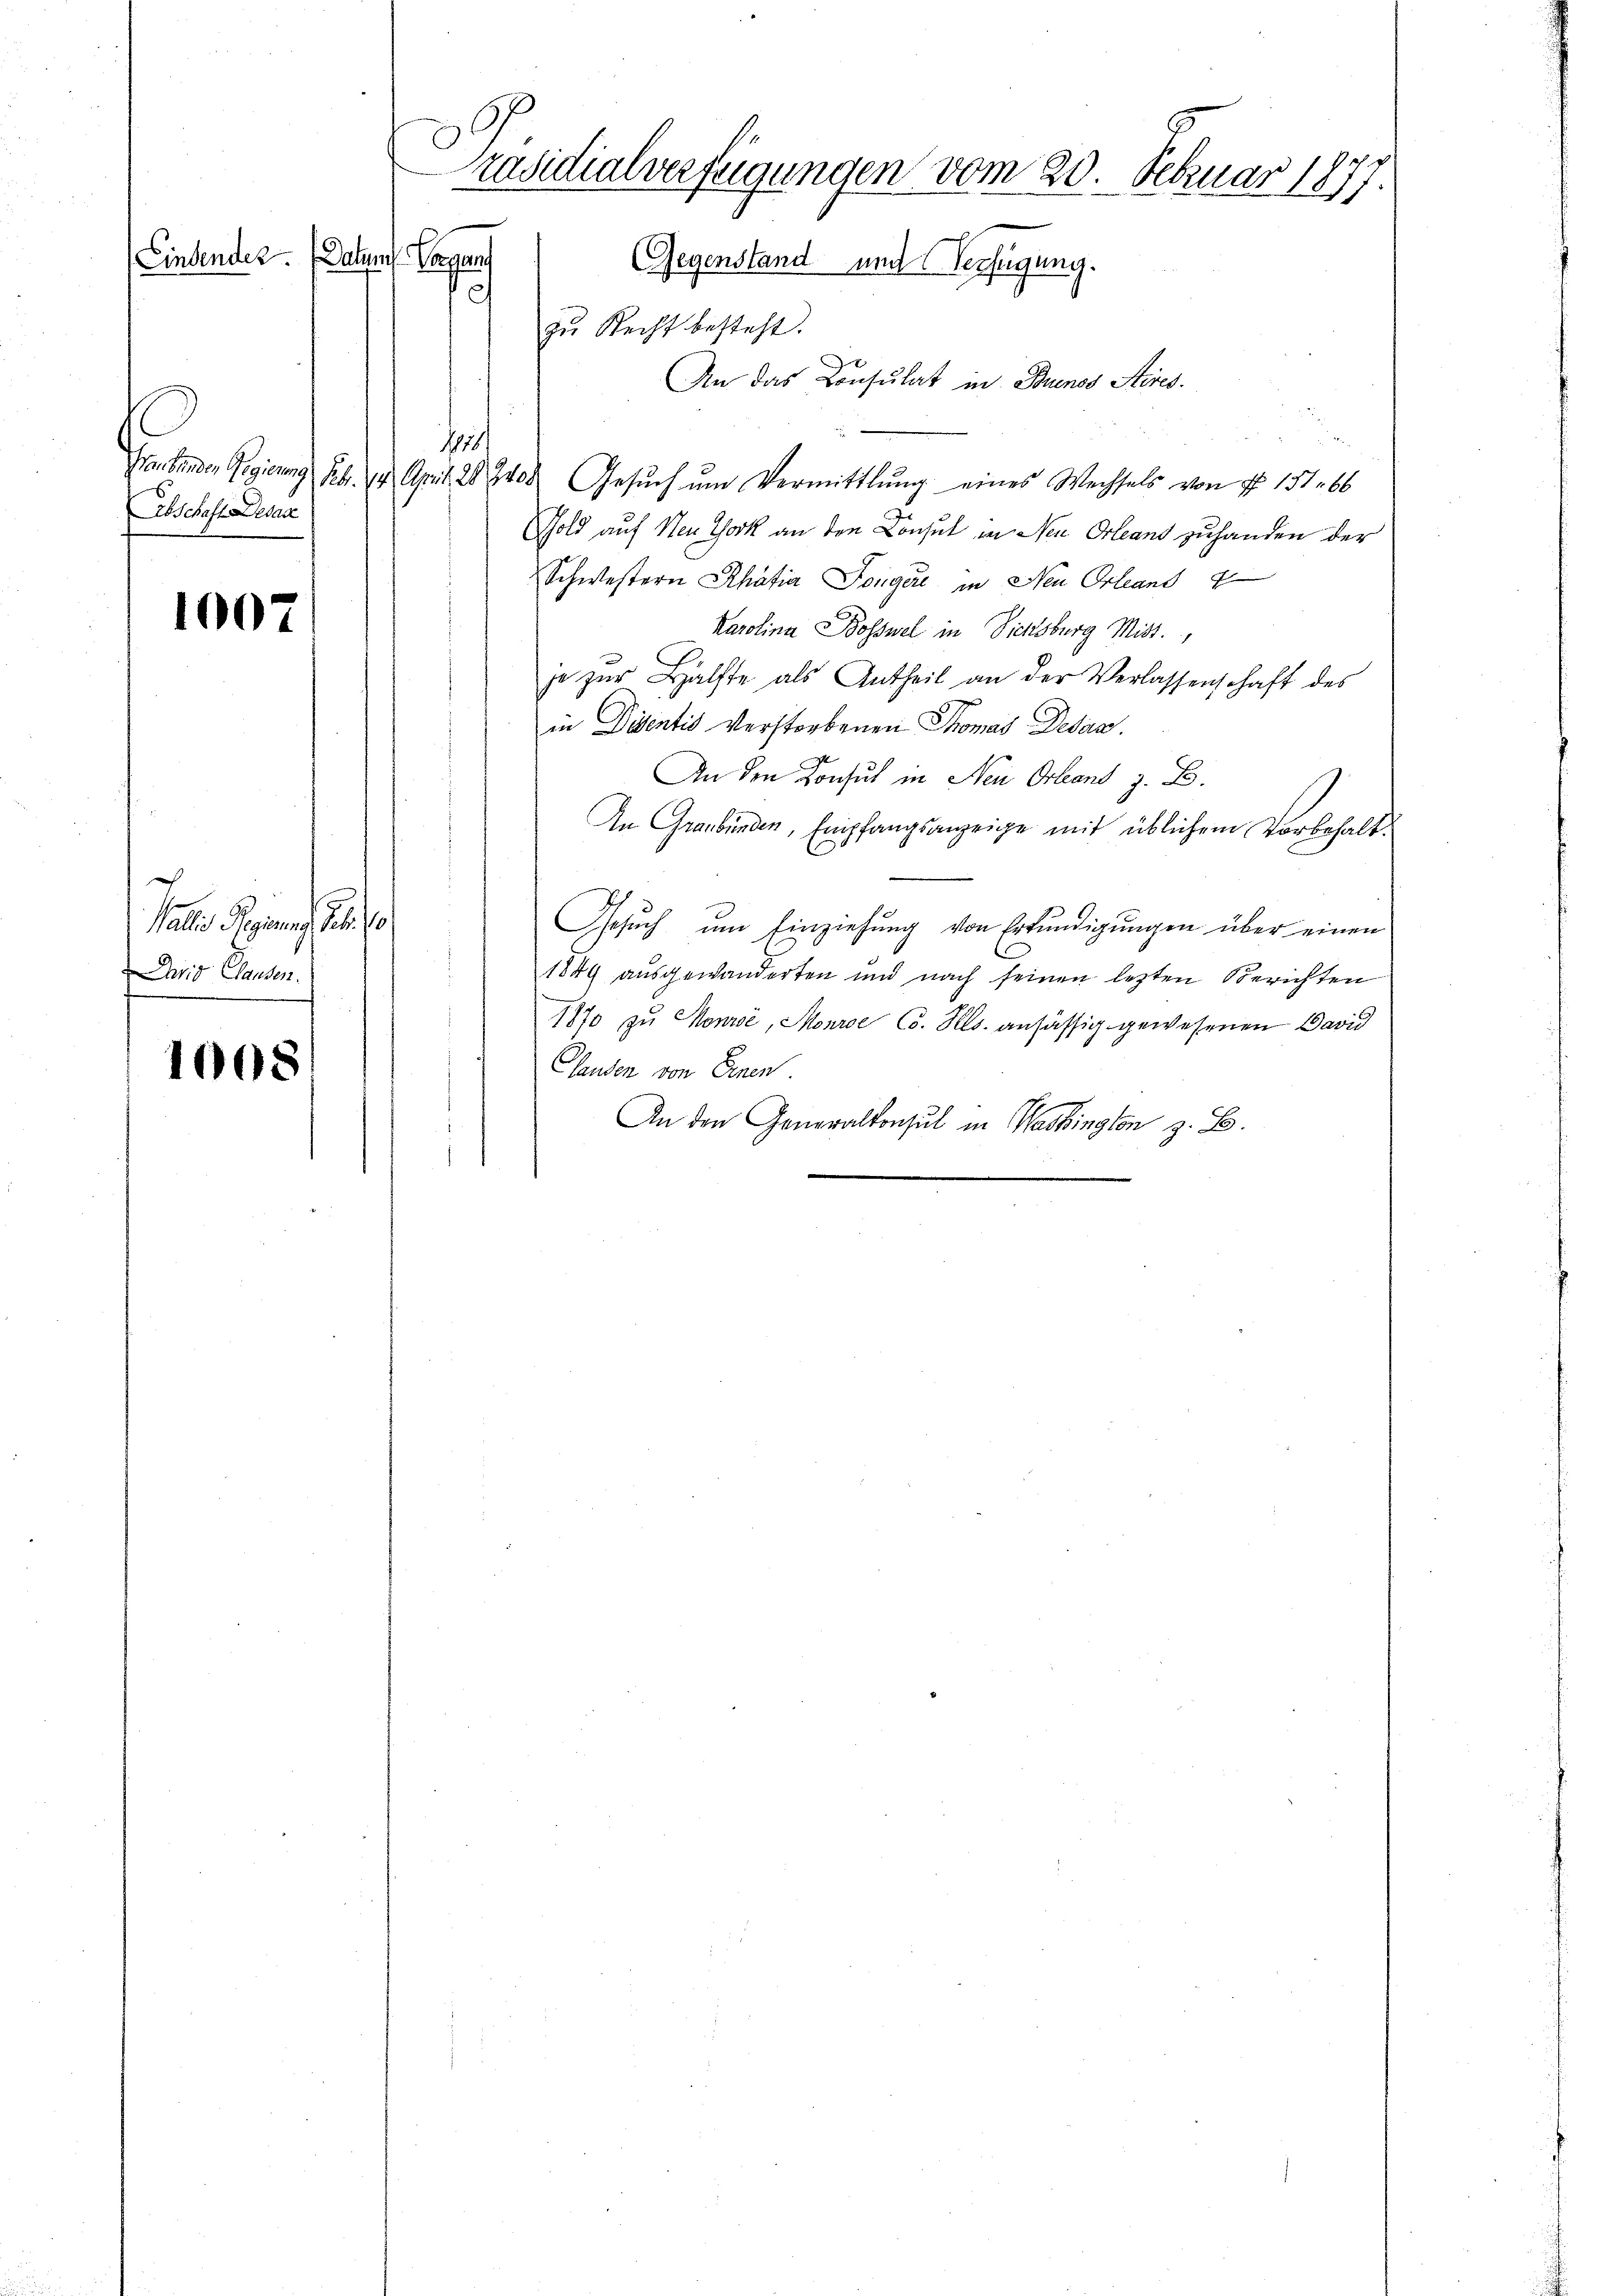
Abschaft Debate

100

Pater Regien u.
David Plauden.

1008

Präsidialverfügungen vom 20. Februar 1877
Einsender. (Datum Caganf
Gegenstand und Verfügung.
zŭ Recht besteht.

An das Consulat in Buenos Aires.
1870/
Hrn. Binden Regierung Feb. 14. April 282400. Gesŭch ŭm Vermittlung eines Wechsels von Nr. 157. 66
Gold auf Neu York an den Consul in Neu Orleand zuhanden der
Schwestern Rhätia Folger in Neu Orleans
Karolina Bosswel in Sichsburg Mitt
je zur Hälfte als Antheil an der Verlassenschaft des
in Didentis verstorbenen Thomas Detan.
An den Konsul in Neu Orleand z. B.
In Graubünden, Empfangsanzeige mit üblichem Vorbehalt
Gesŭch ŭm Einziehŭng von Erkŭndigŭngen über einen
1849 ausgewanderten und nach seinen lezten Berichten
1870 zu Honić, Monre Co. Als ansässig gewesenen David
Landen von Einen
An den Generalkonsul in Washington z. B.